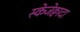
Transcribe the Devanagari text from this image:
स्केजेक्वादा